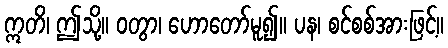
ဣတိ၊ ဤသို့။ ဝတွာ၊ ဟောတော်မူ၍။ ပန၊ စင်စစ်အားဖြင့်။